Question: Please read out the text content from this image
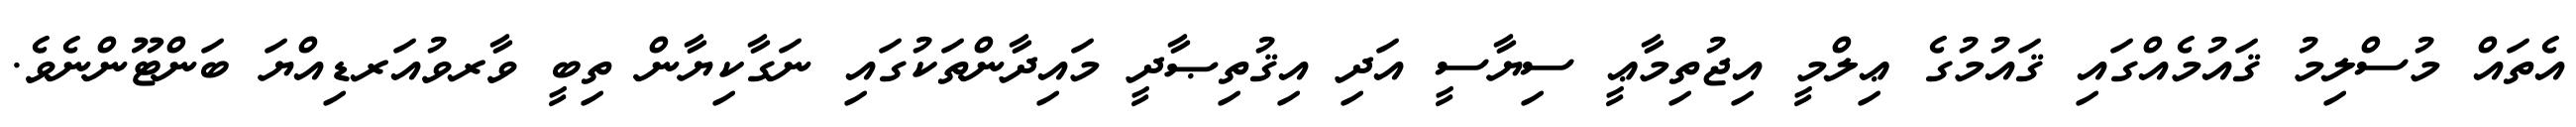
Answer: އެތައް މުސްލިމު ޤައުމެއްގައި ޤައުމުގެ ޢިލްމީ އިޖުތިމާޢީ ސިޔާސީ އަދި އިޤުތިޞާދީ މައިދާންތަކުގައި ނަގާކިޔާން ތިބީ ވާރވުއަރޑިއްޔަ ބަންޓޫންނެވެ.